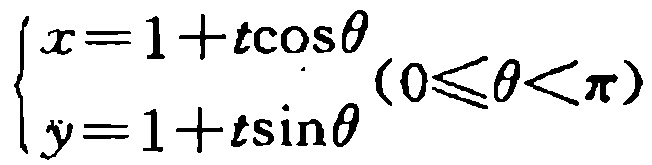
\(\begin{cases}x = 1 + t\cos\theta \\ y = 1 + t\sin\theta\end{cases}(0\leqslant\theta<\pi)\)